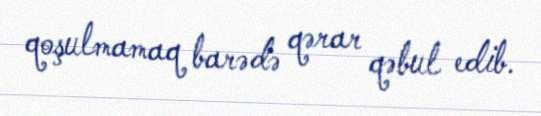
qoşulmamaq barədə qərar qəbul edib.